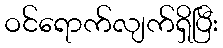
ဝင်ရောက်လျက်ရှိပြီး